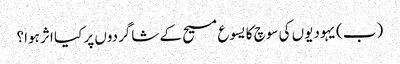
‏ (‏ب)‏ یہودیوں کی سوچ کا یسوع مسیح کے شاگردوں پر کیا اثر ہوا؟